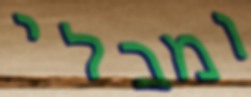
ומבלי